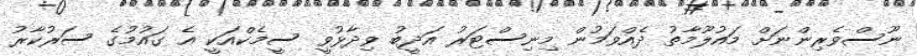
ނޫސްވެރިންނަށް މައުލޫމާތު ދެއްވަމުން މިނިސްޓަރު އަދީބު ވިދާޅުވީ ސީމެކްއަކީ އެ ގައުމުގެ ސަރުކާރު